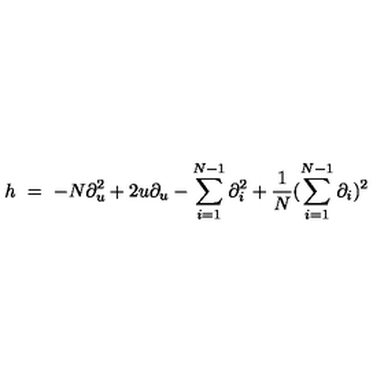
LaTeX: h \ = \ - N \partial _ { u } ^ { 2 } + 2 u \partial _ { u } - \sum _ { i = 1 } ^ { N - 1 } \partial _ { i } ^ { 2 } + \frac { 1 } { N } ( \sum _ { i = 1 } ^ { N - 1 } \partial _ { i } ) ^ { 2 }